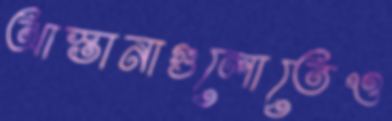
আস্তানাগুলোতেও